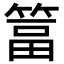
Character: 䈏